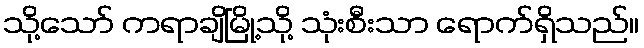
သို့သော် ကရာချိမြို့သို့ သုံးစီးသာ ရောက်ရှိသည်။